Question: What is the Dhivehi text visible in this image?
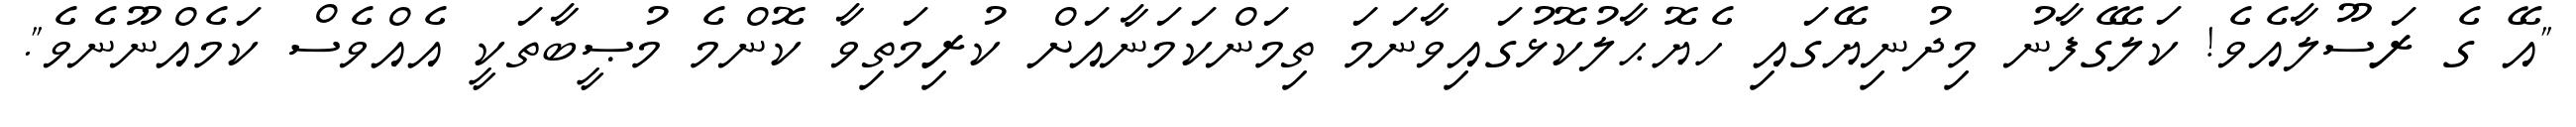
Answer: "އޭ ގެ ރަސޫލާއެވެ! ކަލޭގެފާނު މިދުނިޔޭގައި ހެޔޮޙާލުކޮޅުގައިވާނަމަ ތިމަންކަމަނާއަށް ކުރިމަތިވާ ކޮންމެ މުޞީބާތަކީ އެއްވެސް ކަމެއްނޫނެވެ".